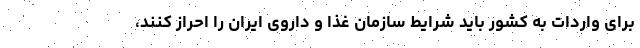
برای واردات به کشور باید شرایط سازمان غذا و داروی ایران را احراز کنند،